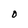
Character: 0